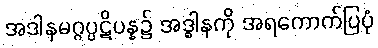
အဒါနမဂ္ဂပ္ပဋိပန္န၌ အဒ္ဓါနကို အရကောက်ပြပုံ